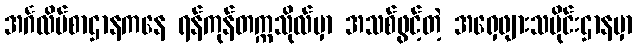
အင်္ဂလိပ်စာဌာနကနေ ရန်ကုန်တက္ကသိုလ်မှာ အသစ်ဖွင့်တဲ့ အရှေဖျားသမိုင်းဌာနမှာ